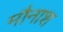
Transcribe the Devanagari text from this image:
मौनाश